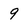
Character: 9